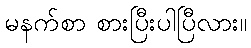
မနက်စာ စားပြီးပါပြီလား။